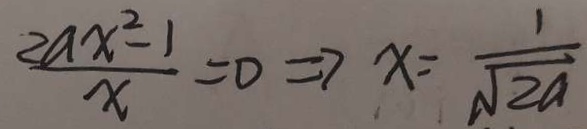
\frac { 2 a x ^ { 2 } - 1 } { x } = 0 \Rightarrow x = \frac { 1 } { \sqrt { 2 a } }